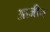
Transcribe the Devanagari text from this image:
आजीन